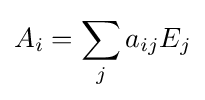
A_{i}=\sum _{j}a_{ij}E_{j}